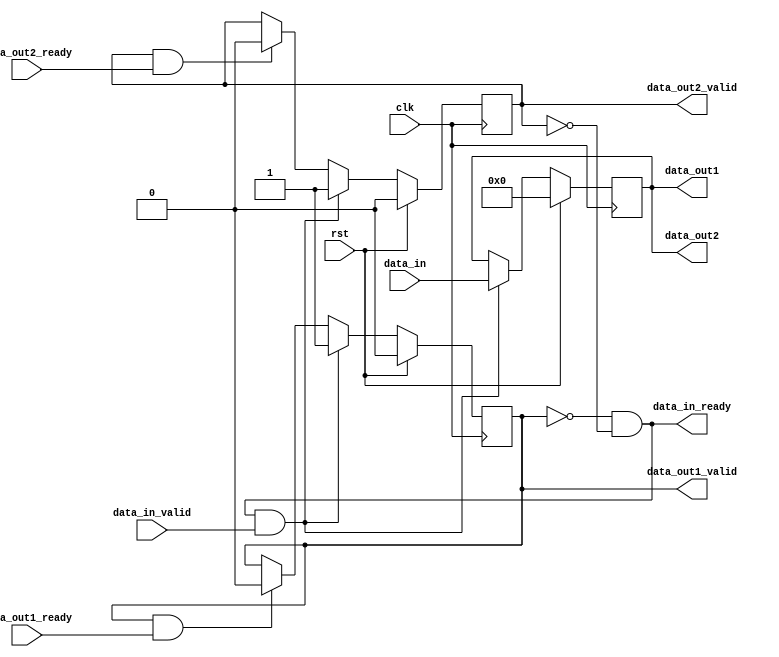
module fifo_splitter2 #(
    parameter DATA_WIDTH=32
) (
    input clk,
    input rst,
    // data in
    input  [DATA_WIDTH-1:0] data_in,
    input                   data_in_valid,
    output                  data_in_ready,
    // data out 1
    output [DATA_WIDTH-1:0] data_out1,
    output                  data_out1_valid,
    input                   data_out1_ready,
    // data out 2
    output [DATA_WIDTH-1:0] data_out2,
    output                  data_out2_valid,
    input                   data_out2_ready
);

    reg [DATA_WIDTH-1:0] data_buffer;
    reg valid1, valid2;

    always @ (posedge clk) begin
        if (rst) begin
            data_buffer <= 0;
            valid1      <= 0;
            valid2      <= 0;
        end
        else begin
            if (~valid1 && ~valid2 && data_in_valid) begin // ask for next data
                data_buffer <= data_in;
                valid1      <= 1;
                valid2      <= 1; 
            end
            else begin
                valid1 <= (valid1 && data_out1_ready) ? 0 : valid1;
                valid2 <= (valid2 && data_out2_ready) ? 0 : valid2;
            end
        end
    end

    // outputs
    assign data_out1       = data_buffer;
    assign data_out2       = data_buffer;
    assign data_in_ready   = (~valid1 && ~valid2);
    assign data_out1_valid = valid1;
    assign data_out2_valid = valid2;

endmodule